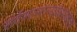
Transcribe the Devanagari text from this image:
सर्वसामान्यांबरोबरच